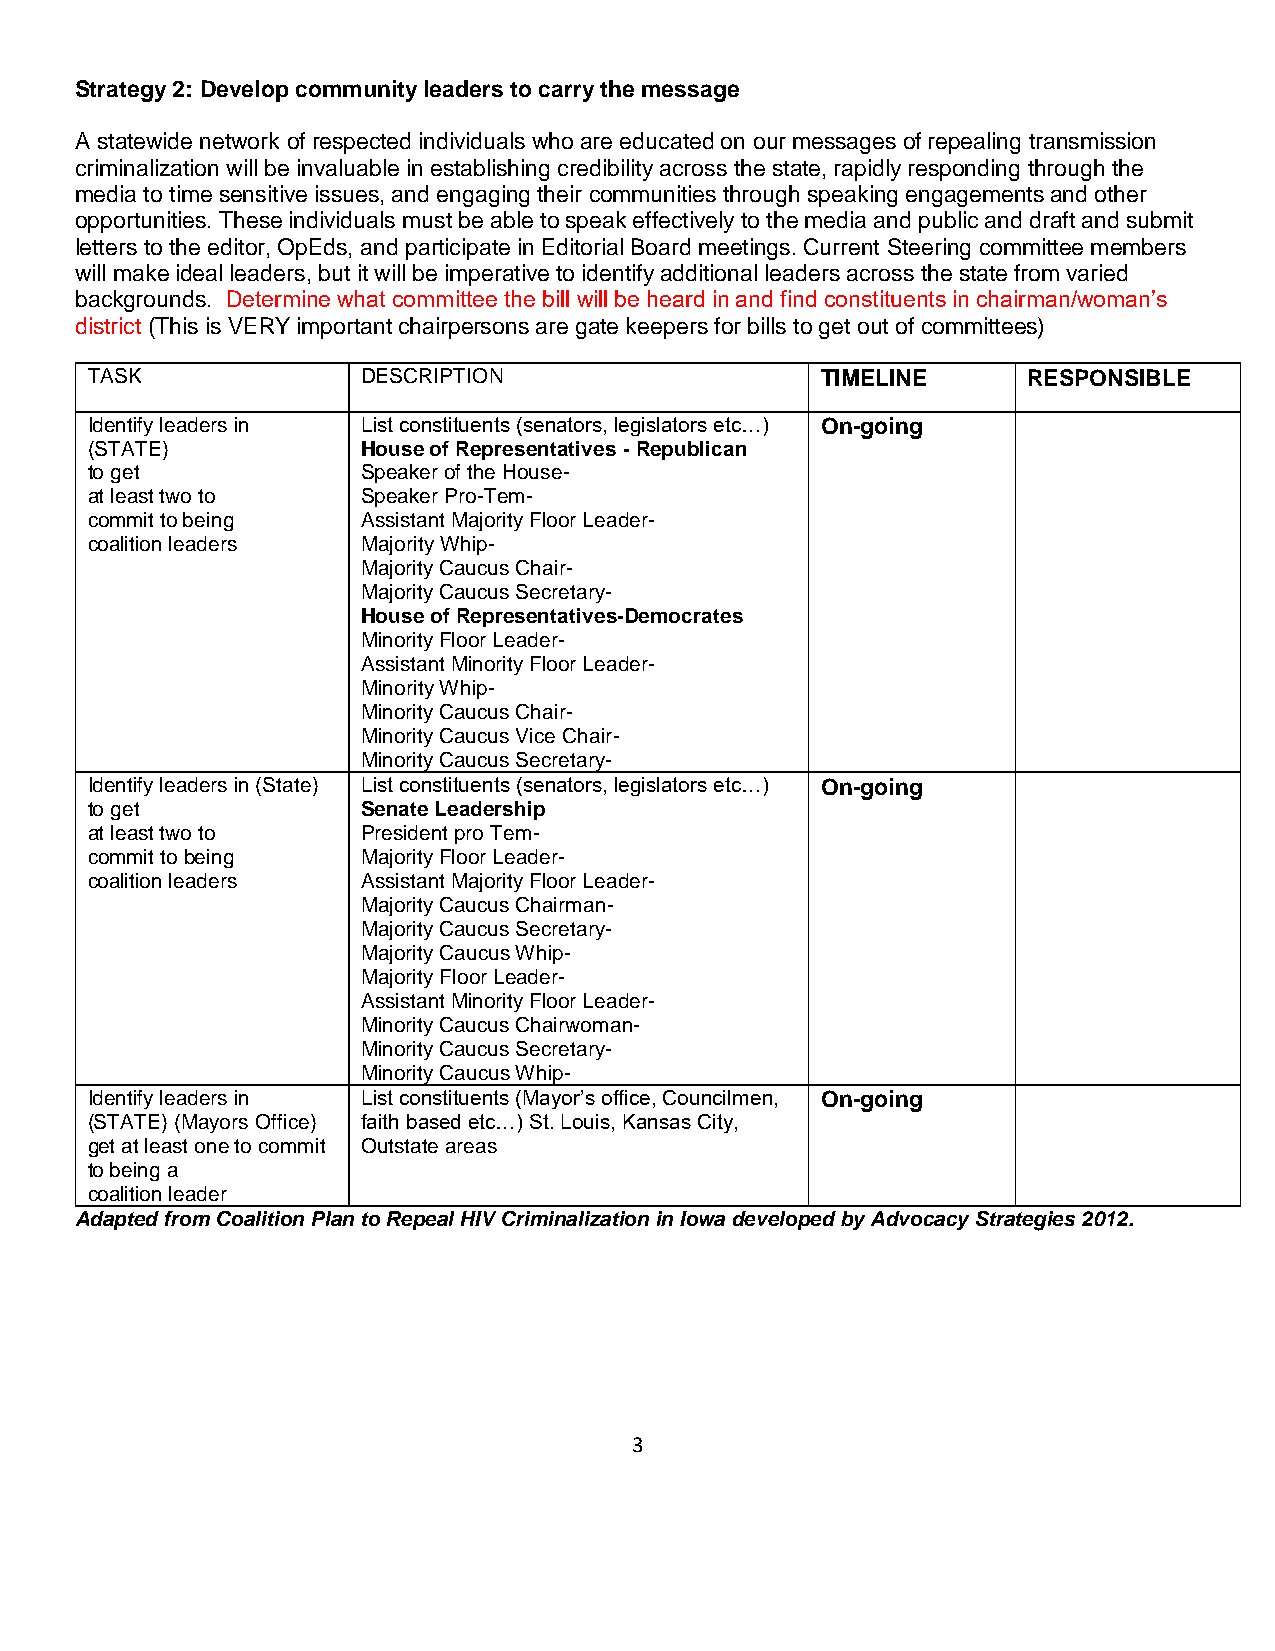
Strategy 2: Develop community leaders to carry the message
 A statewide network of respected individuals who are educated on our messages of repealing transmission
 criminalization will be invaluable in establishing credibility across the state, rapidly responding through the
 media to time sensitive issues, and engaging their communities through speaking engagements and other
 opportunities. These individuals must be able to speak effectively to the media and public and draft and submit
 letters to the editor, OpEds, and participate in Editorial Board meetings. Current Steering committee members
 will make ideal leaders, but it will be imperative to identify additional leaders across the state from varied
 backgrounds. Determine what committee the bill will be heard in and find constituents in chairman/woman’s
 district (This is VERY important chairpersons are gate keepers for bills to get out of committees)
 TASK              DESCRIPTION                   TIMELINE      RESPONSIBLE
 Identify leaders in List constituents (senators, legislators etc…) On-going
 (STATE)           House of Representatives - Republican
 to get            Speaker of the House-
 at least two to   Speaker Pro-Tem-
 commit to being   Assistant Majority Floor Leader-
 coalition leaders Majority Whip-
 Majority Caucus Chair-
 Majority Caucus Secretary-
 House of Representatives-Democrates
 Minority Floor Leader-
 Assistant Minority Floor Leader-
 Minority Whip-
 Minority Caucus Chair-
 Minority Caucus Vice Chair-
 Minority Caucus Secretary-
 Identify leaders in (State) List constituents (senators, legislators etc…) On-going
 to get            Senate Leadership
 at least two to   President pro Tem-
 commit to being   Majority Floor Leader-
 coalition leaders Assistant Majority Floor Leader-
 Majority Caucus Chairman-
 Majority Caucus Secretary-
 Majority Caucus Whip-
 Majority Floor Leader-
 Assistant Minority Floor Leader-
 Minority Caucus Chairwoman-
 Minority Caucus Secretary-
 Minority Caucus Whip-
 Identify leaders in List constituents (Mayor’s office, Councilmen, On-going
 (STATE) (Mayors Office) faith based etc…) St. Louis, Kansas City,
 get at least one to commit Outstate areas
 to being a
 coalition leader
 Adapted from Coalition Plan to Repeal HIV Criminalization in Iowa developed by Advocacy Strategies 2012.
 3